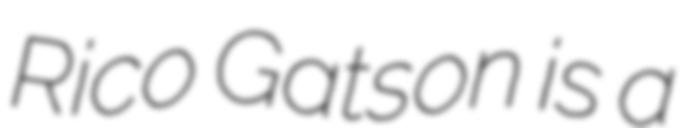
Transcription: Rico Gatson is a